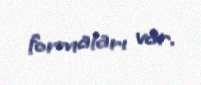
formaları var.